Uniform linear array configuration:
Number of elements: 32
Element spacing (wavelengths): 1
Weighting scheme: hann
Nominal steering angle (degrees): -45
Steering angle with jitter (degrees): -43.764
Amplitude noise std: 0.05
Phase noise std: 0.05

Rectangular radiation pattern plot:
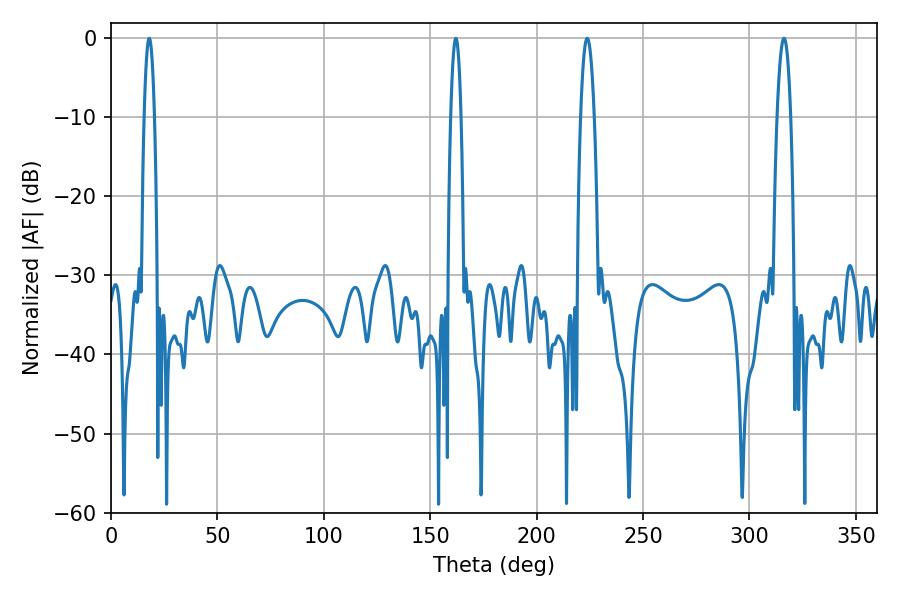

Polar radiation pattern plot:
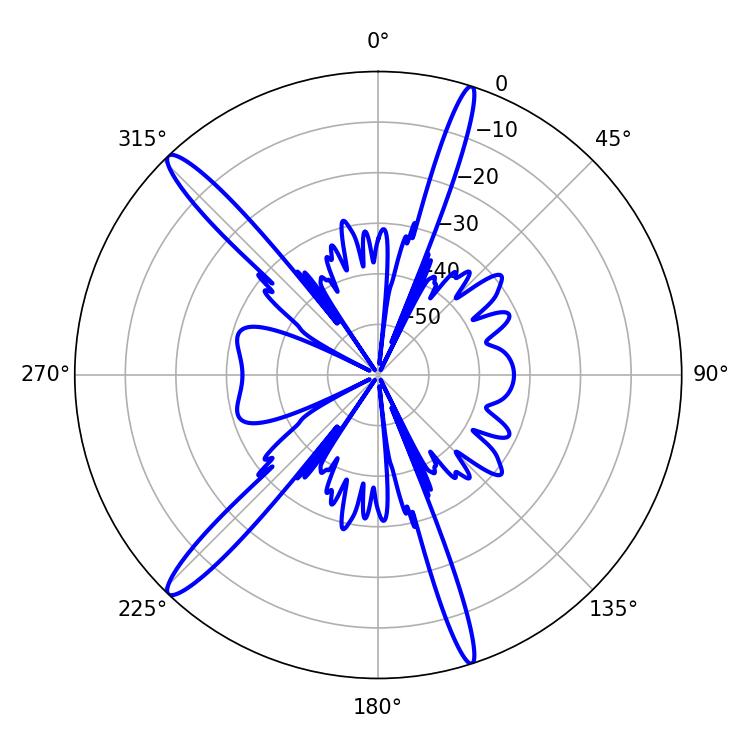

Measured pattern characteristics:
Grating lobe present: TRUE
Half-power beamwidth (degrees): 3.42
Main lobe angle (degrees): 223.74